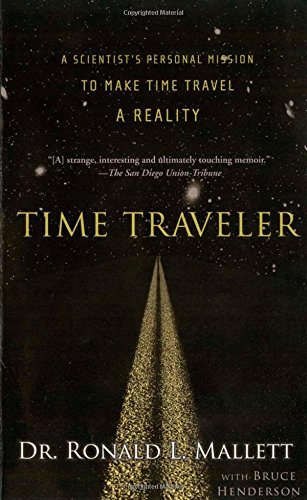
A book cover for Time Traveler: A Scientist's Personal Mission to Make Time Travel a Reality; Ronald L. Mallett; Science & Math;